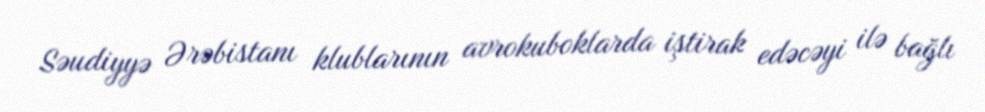
Səudiyyə Ərəbistanı klublarının avrokuboklarda iştirak edəcəyi ilə bağlı